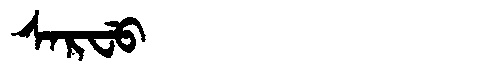
Manchu: ᠰᠠᡵᠸᡠ
Romanization: SARFU